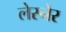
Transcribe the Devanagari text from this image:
लेस्नेर